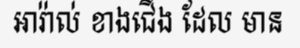
អារ៉ាល់ ខាងជើង ដែល មាន